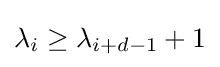
\lambda _{i}\geq \lambda _{i+d-1}+1